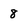
Character: 8